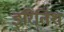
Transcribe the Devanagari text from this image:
इरितिश